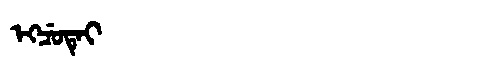
Manchu: ᡝᡴᠴᡠᡨᡝᡳ
Romanization: EKCUTEI